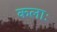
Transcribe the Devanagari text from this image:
कलाः